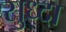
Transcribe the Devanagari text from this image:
सुध्‍दा